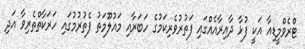
ޓްރެވްމީޑިއާ އަކީ ފުޅާ ދާއިރާއެއްގައި ފަތުރުވެރިކަމުގެ ހަބަރާއި މައުލޫމަތު ފެތުރުމުގައި ހަރަކާތްތެރިވާ އަދި